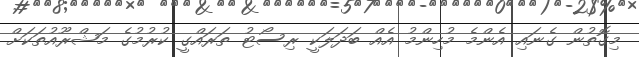
މިގޮތުން ގެނައި އެންމެ މުހިންމު އެއް ބަދަލަކީ ރިސޯޓު ތަރައްގީ ކުރުމުގެ މަޝްރޫއުތަކަށް